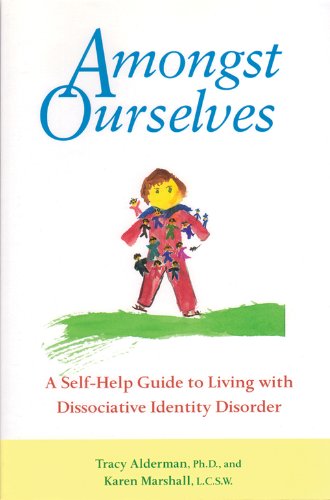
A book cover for Amongst Ourselves: A Self-Help Guide to Living with Dissociative Identity Disorder; Tracy Alderman; Health, Fitness & Dieting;